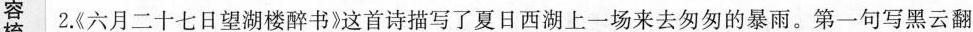
容 2.《六月二十七日望湖楼醉书》这首诗描写了夏日西湖上一场来去匆匆的暴雨。第一句写黑云翻